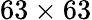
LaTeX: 63\times 63